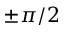
\pm \pi / 2